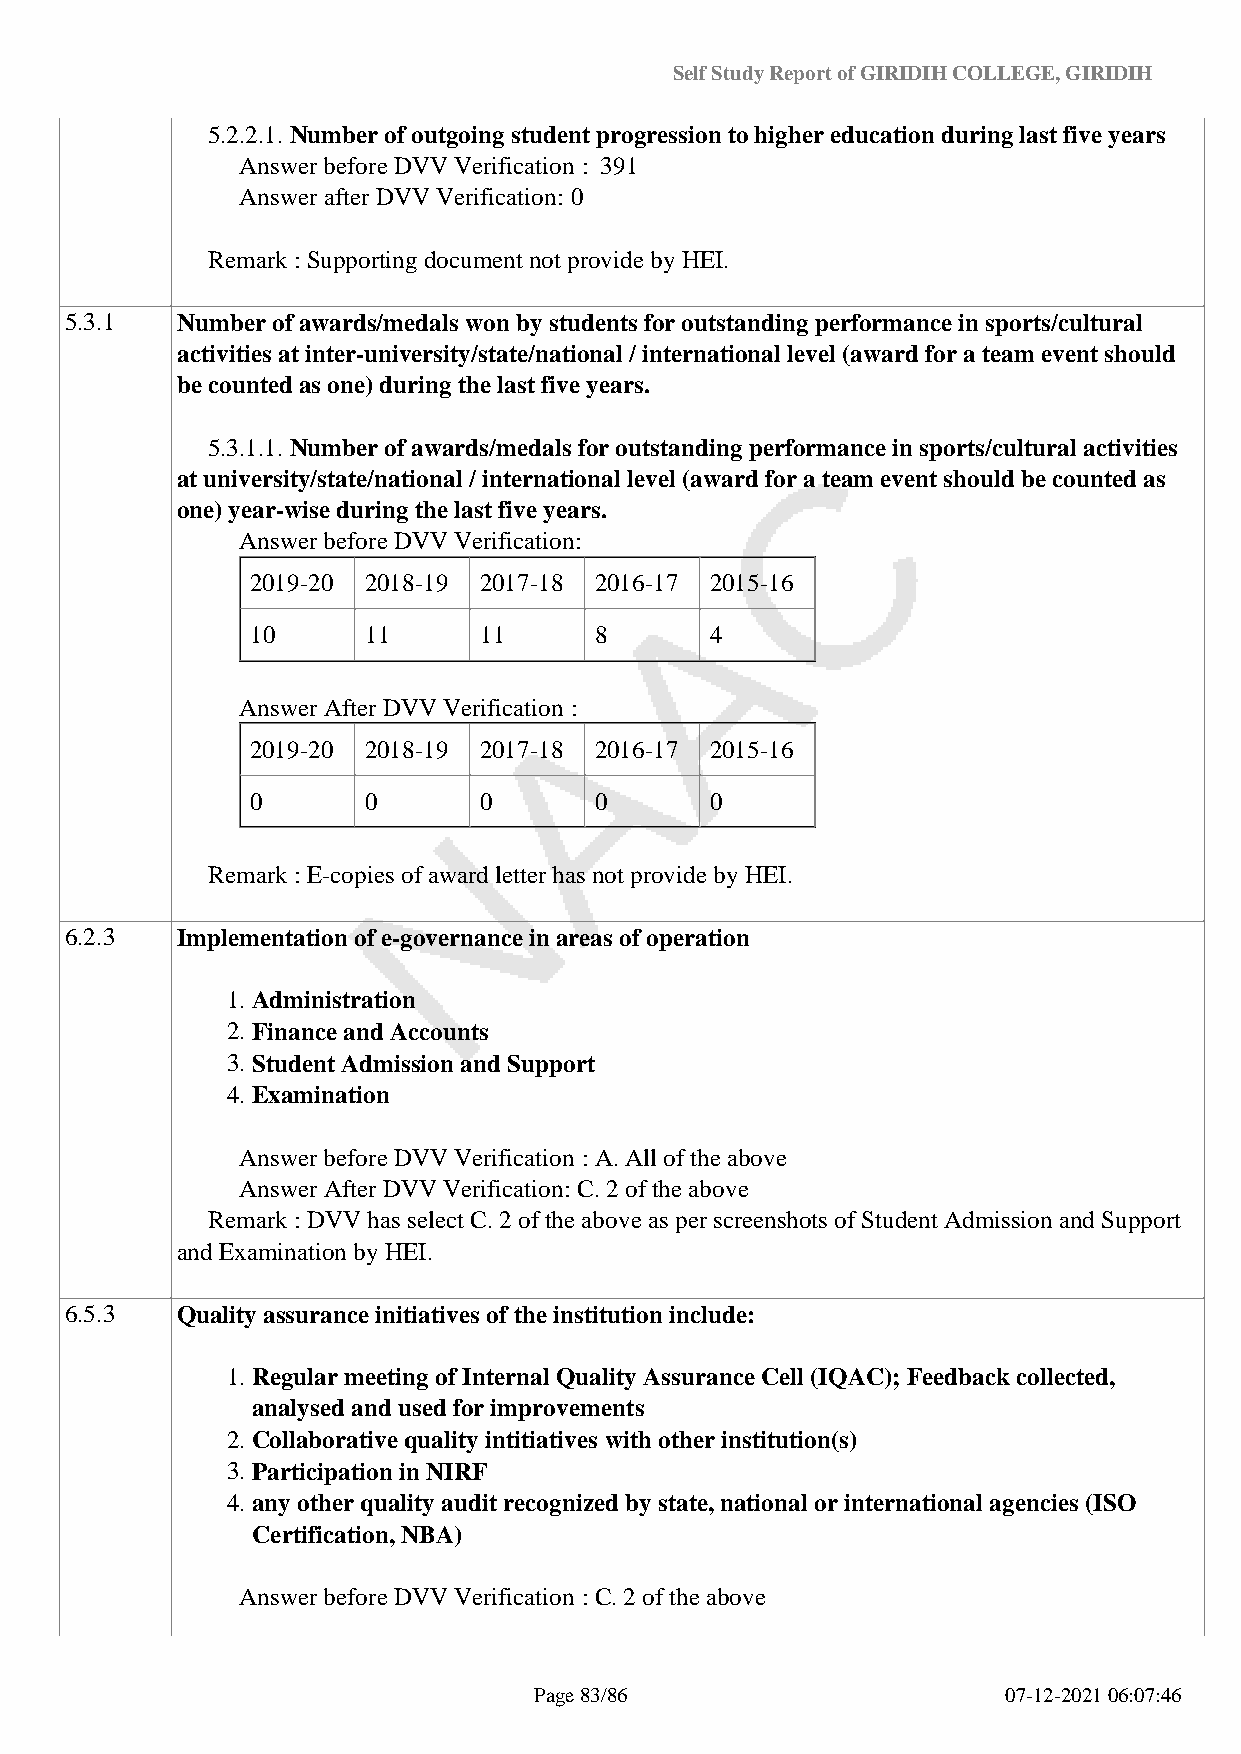
Self Study Report of GIRIDIH COLLEGE, GIRIDIH
 5.2.2.1. Number of outgoing student progression to higher education during last five years
 Answer before DVV Verification : 391
 Answer after DVV Verification: 0
 Remark : Supporting document not provide by HEI.
 5.3.1   Number of awards/medals won by students for outstanding performance in sports/cultural
 activities at inter-university/state/national / international level (award for a team event should
 be counted as one) during the last five years.
 5.3.1.1. Number of awards/medals for outstanding performance in sports/cultural activities
 at university/state/national / international level (award for a team event should be counted as
 one) year-wise during the last five years.
 Answer before DVV Verification:
 2019-20 2018-19 2017-18 2016-17 2015-16
 10     11      11     8       4
 Answer After DVV Verification :
 2019-20 2018-19 2017-18 2016-17 2015-16
 0      0       0      0       0
 Remark : E-copies of award letter has not provide by HEI.
 6.2.3   Implementation of e-governance in areas of operation
 1. Administration
 2. Finance and Accounts
 3. Student Admission and Support
 4. Examination
 Answer before DVV Verification : A. All of the above
 Answer After DVV Verification: C. 2 of the above
 Remark : DVV has select C. 2 of the above as per screenshots of Student Admission and Support
 and Examination by HEI.
 6.5.3   Quality assurance initiatives of the institution include:
 1. Regular meeting of Internal Quality Assurance Cell (IQAC); Feedback collected,
 analysed and used for improvements
 2. Collaborative quality intitiatives with other institution(s)
 3. Participation in NIRF
 4. any other quality audit recognized by state, national or international agencies (ISO
 Certification, NBA)
 Answer before DVV Verification : C. 2 of the above
 Page 83/86                      07-12-2021 06:07:46